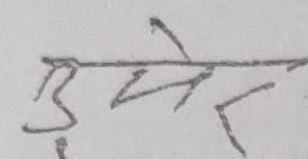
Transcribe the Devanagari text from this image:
उमेर